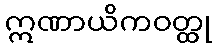
ဣဏာယိကဝတ္ထု